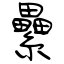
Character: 纍